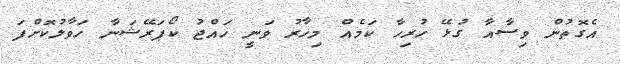
އެގޮތުން ވިސާއާ ގުޅޭ ހުރިހާ ކަމެއް މިހާރު ވަނީ ހައްޖު ކޯޕަރޭޝަނާ ހަވާލުކޮށްފަ